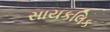
સાયકલિક